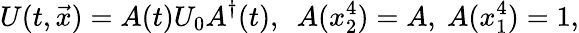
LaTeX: U(t,\vec{x})=A(t)U_{0}A^{\dagger}(t),\ \ A(x_{2}^{4})=A,\ A(x_{1}^{4})=1,